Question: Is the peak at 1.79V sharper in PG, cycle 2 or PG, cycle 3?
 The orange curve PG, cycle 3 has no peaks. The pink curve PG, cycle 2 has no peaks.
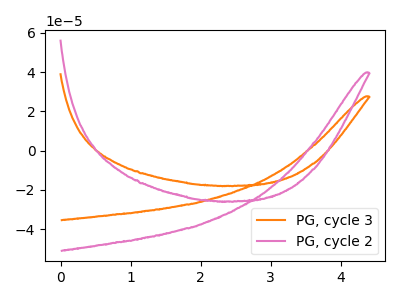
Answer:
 <answer>"PG, cycle 2" and "PG, cycle 3" dont share a peak at 1.79V.</answer>
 <eval>mismatch</eval>